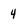
Character: 4